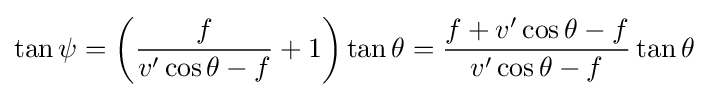
\tan \psi =\left({\frac {f}{v'\cos \theta -f}}+1\right)\tan \theta ={\frac {f+v'\cos \theta -f}{v'\cos \theta -f}}\tan \theta